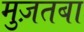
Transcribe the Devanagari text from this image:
मुज़तबा